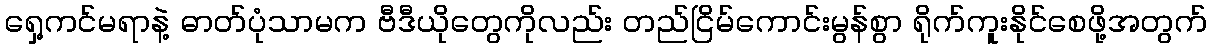
ရှေ့ကင်မရာနဲ့ ဓာတ်ပုံသာမက ဗီဒီယိုတွေကိုလည်း တည်ငြိမ်ကောင်းမွန်စွာ ရိုက်ကူးနိုင်စေဖို့အတွက်